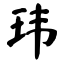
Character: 玮